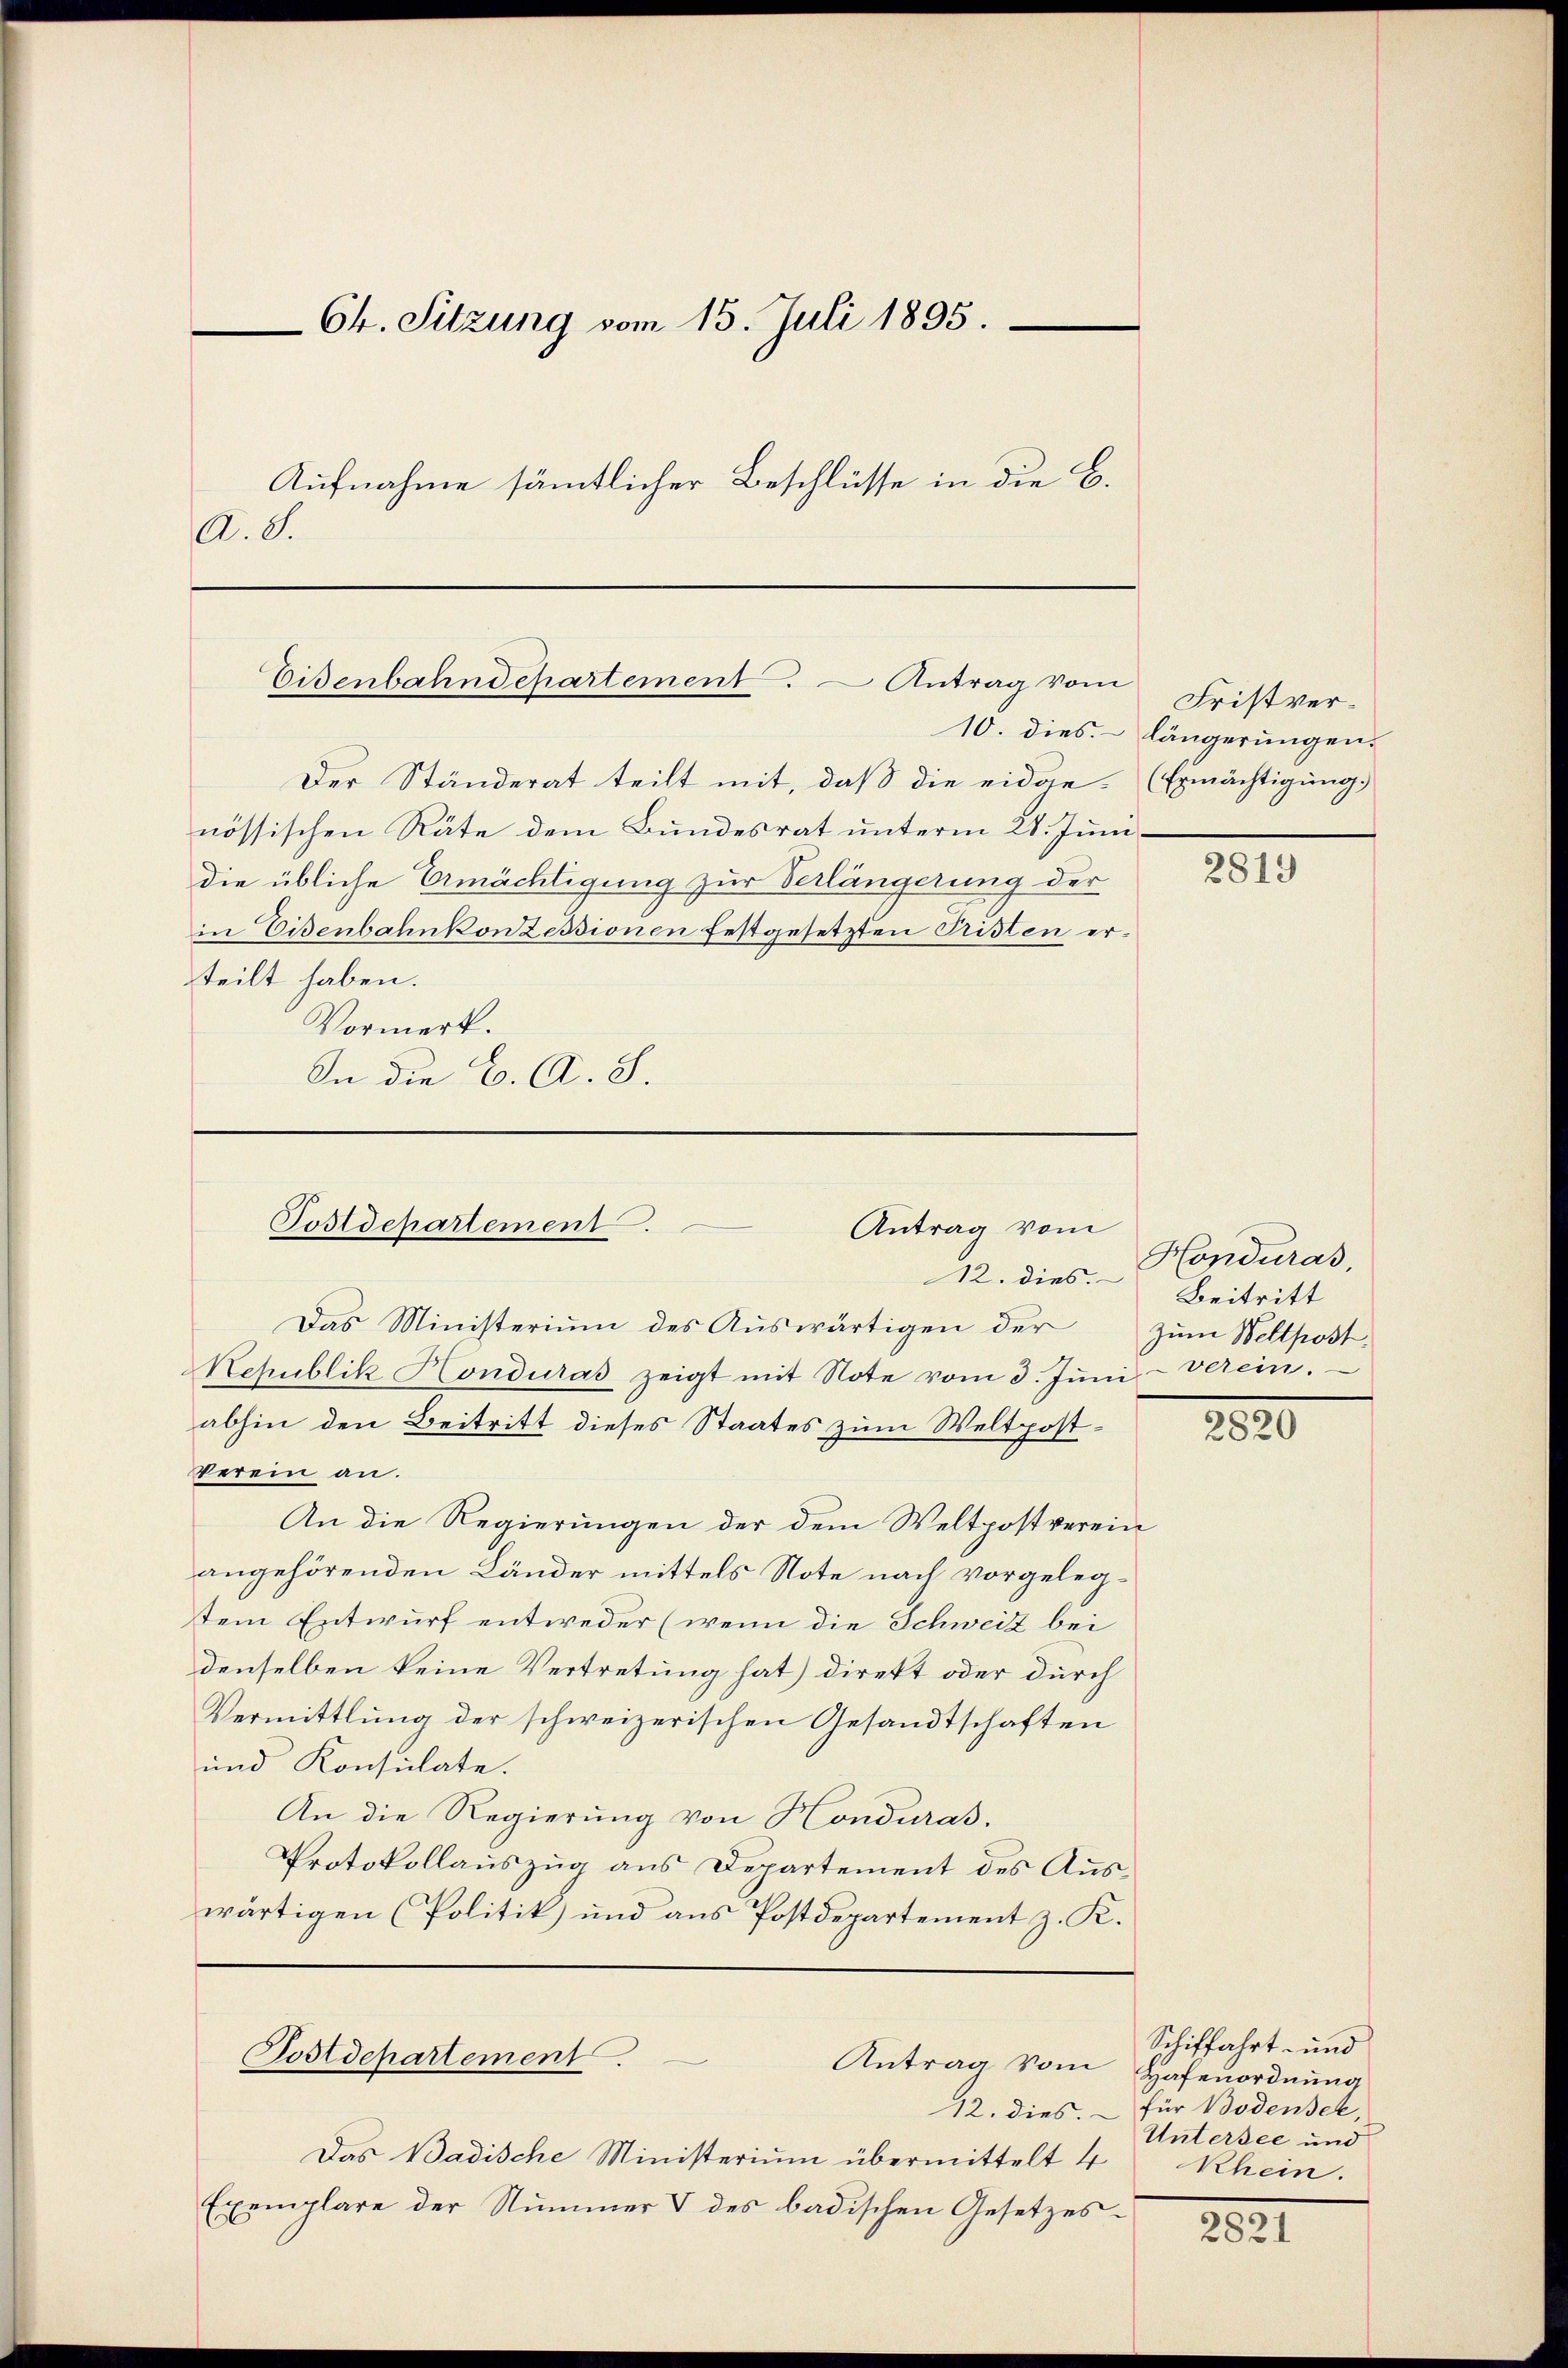
Ch. Sitzung vom 15. Juli 1895.
Aufnahme sämtlicher Beschlüsse in die C.
A. S.

Eisenbahndepartement. Antrag vom

Der Ständerat teilt mit, daß die eidge- (Ermächtigung,
nössischen Räte dem Bundesrat unterm 28. Junidie übliche Ermächtigung zur Verlängerung der
in Eisenbahnkonzessionen festgesetzten Pristen erteilt haben.
Vormerk.
In die C. A. S.

Postdepartement.
Antrag vom

Postdepartement.
Antrag vom Hafenordnung

12. dies.
Das Ministerium des Auswärtigen der
Rehublik Honduras zeigt mit Note vom 3. Jŭni - Verein.
abhin den Beitritt dieses Staates zum Weltpost¬
Verein an.
An die Regierungen der dem Weltpost verein
angehörenden Länder mittels Note nach vorgelegtem Entwurf entweder (wenn die Schweiz bei
denselben keine Vertretung hat) direkt oder durch
Vermittlung der schweizerischen Gesandtschaften
und Konsulate.
An die Regierung von Honduras,
Protokollauszug aus Departement des Auswärtigen (Politik) und aus Postdepartement z. K.

Das Badische Ministerium übermittelt 4
Exemplare der Nummer & des badischen Gesetzes-

Fristver¬
10. dies längerungen.

2819

Honduras,
Beitritt
Zum Weltpost.

2820

Schiffahrt- und
12. dies. – für Bodensee,
Untersee und
Rhein.

2821